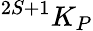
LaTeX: {}^{2S+1}K_{P}